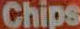
Chips